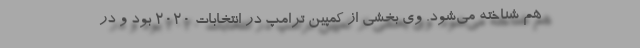
هم شناخته می‌شود. وی بخشی از کمپین ترامپ در انتخابات ۲۰۲۰ بود و در